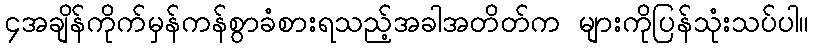
၄အချိန်ကိုက်မှန်ကန်စွာခံစားရသည့်အခါအတိတ်က များကိုပြန်သုံးသပ်ပါ။